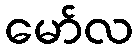
မော်လ